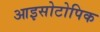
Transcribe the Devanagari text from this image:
आइसोटोपिक